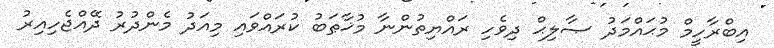
އިބްރާހީމް މުޙައްމަދު ޞާލިޙް ދިވެހި ރައްޔިތުންނާ މުޚާޠަބު ކުރައްވައި މިއަދު މެންދުރު ދޭއްޖެހިއިރު